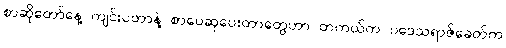
စာဆိုတော်နေ့ ကျင်းပတာနဲ့ စာပေဆုပေးတာတွေဟာ တကယ်က ပဒေသရာဇ်ခေတ်က